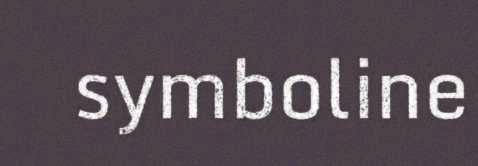
symboline